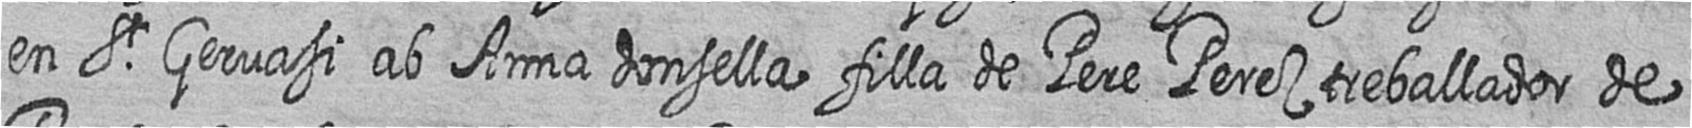
en St Gervasi ab Anna donsella filla de Pere Perez treballador de